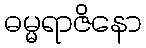
ဓမ္မရာဇိနော